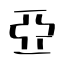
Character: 亞